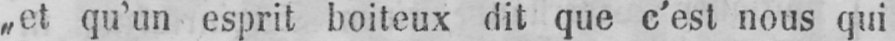
„et qu’un esprit boiteux dit que c’est nous qui